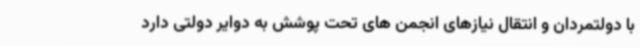
با دولتمردان و انتقال نیازهای انجمن های تحت پوشش به دوایر دولتی دارد